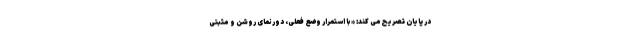
در پایان تصریح می کند: «با استمرار وضع فعلی، دورنمای روشن و مثبتی